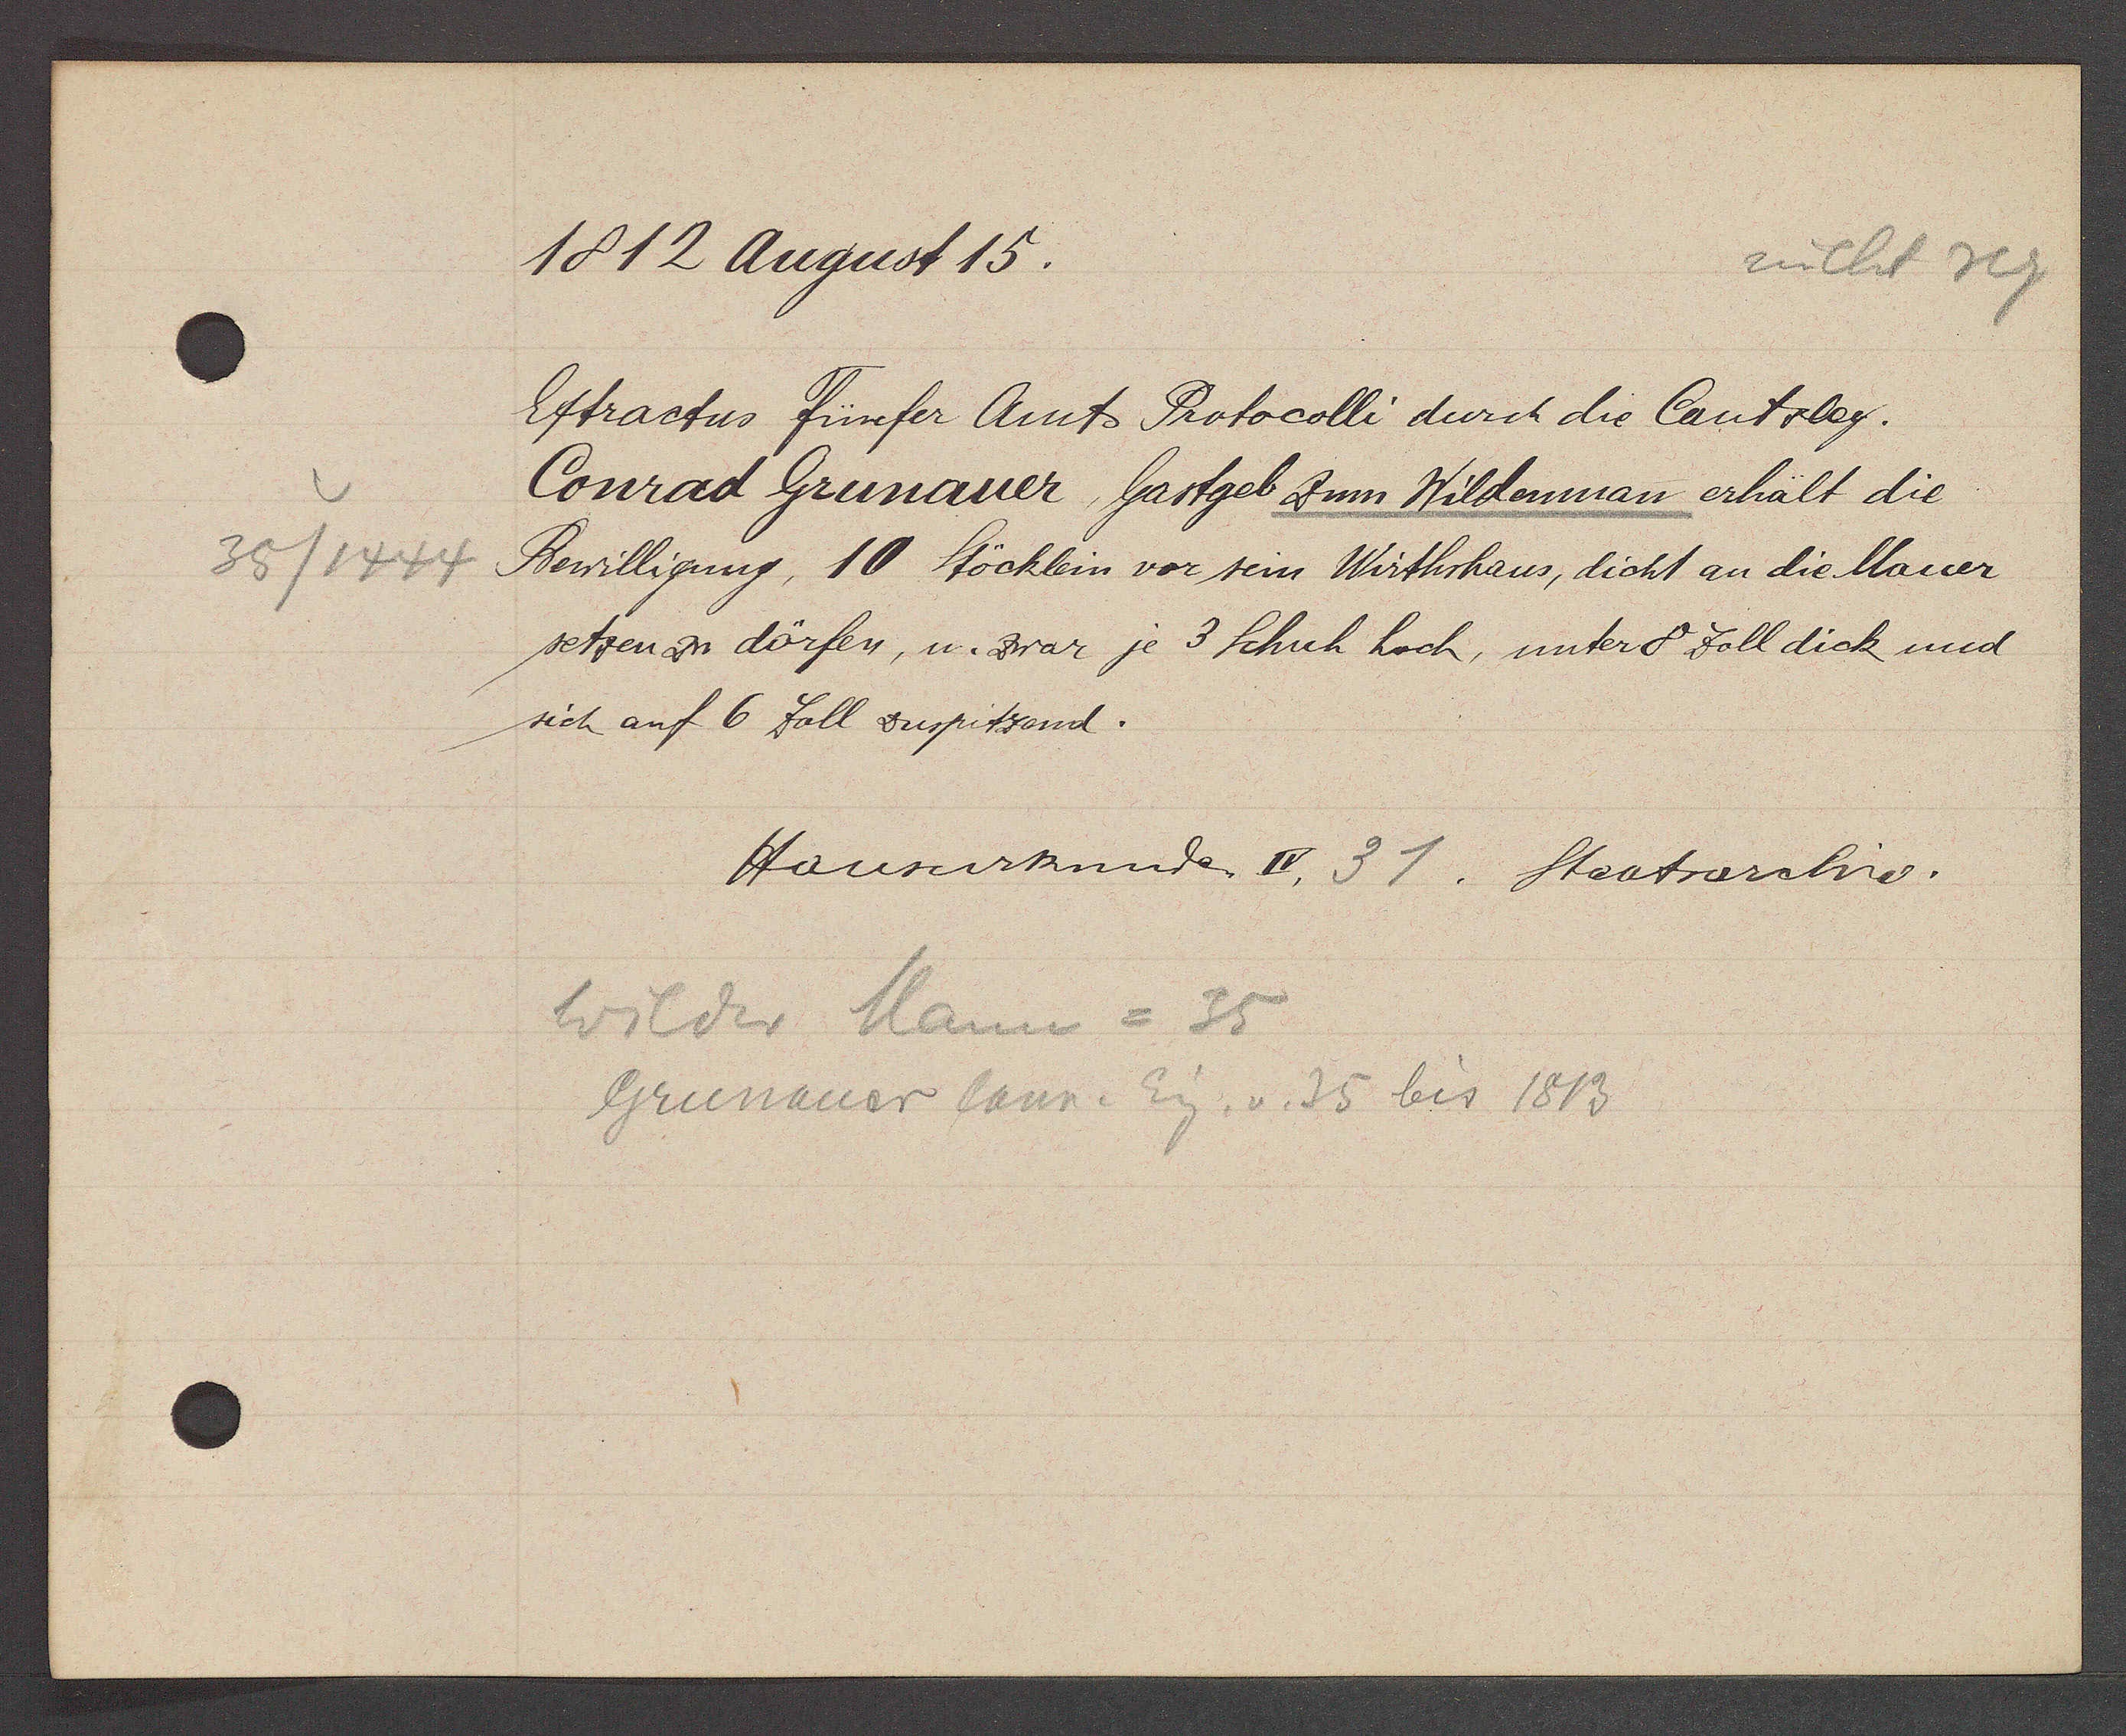
Transcript:
35/1444

1812 August 15.

Estractus Fünfer Amt Protocolli durch die Cantzley.
Conrad Grunauer Gartgeb zum Wildenman erhält die
Bewilligung, 10 Stöcklein vor sein Wirthshaus, dicht an die Mauer
setzen zu dörfen, u. zwar je 3 Schuch hoch, unter 8 Zoll dick und
sich auf 6 Zoll zuspitzend.

Hausurkunde IV. 31. Staatsrarchiv.

Wilder Mann = 35
Grunauer Conr. Eig. v. 35 bis 1813